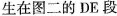
生在图二的 DE 段